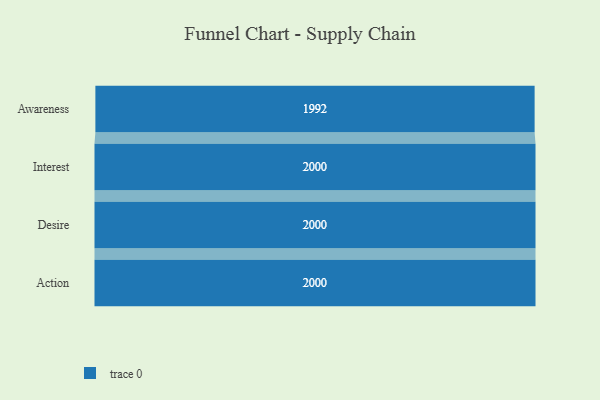
{"axis": {"x": "Stage", "y": "Value"}, "legend": [""], "data": [{"x": "Awareness", "y": 1992.0, "type": ""}, {"x": "Interest", "y": 2000, "type": ""}, {"x": "Desire", "y": 2000, "type": ""}, {"x": "Action", "y": 2000, "type": ""}]}